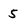
Character: 5